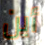
أين